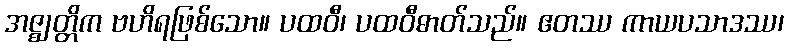
အဇ္ဈတ္တိက ဗဟိရဖြစ်သော။ ပထဝီ၊ ပထဝီဓာတ်သည်။ ဧတဿ ကာယပသာဒဿ၊